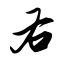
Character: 右